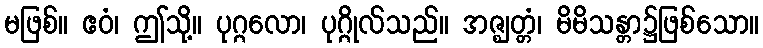
မဖြစ်။ ဧဝံ၊ ဤသို့။ ပုဂ္ဂလော၊ ပုဂ္ဂိုလ်သည်။ အဇ္ဈတ္တံ၊ မိမိသန္တာ၌ဖြစ်သော။